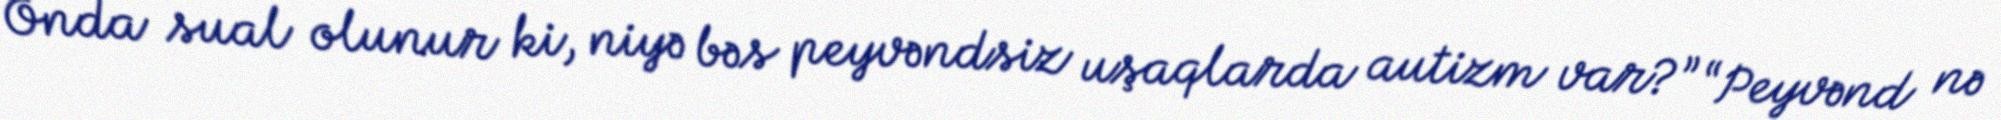
Onda sual olunur ki, niyə bəs peyvəndsiz uşaqlarda autizm var?” “Peyvənd nə